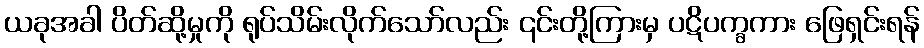
ယခုအခါ ပိတ်ဆို့မှုကို ရုပ်သိမ်းလိုက်သော်လည်း ၎င်းတို့ကြားမှ ပဋိပက္ခကား ဖြေရှင်းရန်